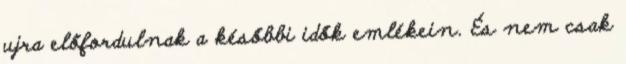
ujra előfordulnak a későbbi idők emlékein. És nem csak